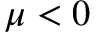
\mu < 0